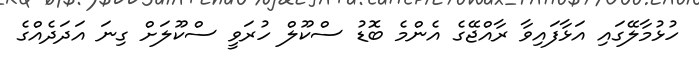
ހުޅުމާލޭގައި އަޅާފައިވާ ރާއްޖޭގެ އެންމެ ބޮޑު ސްކޫލް ހުރަވީ ސްކޫލަށް ގިނަ އަދަދެއްގެ